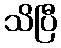
သိပြီ